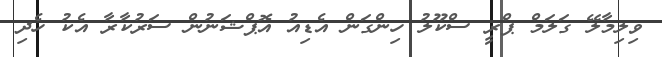
ވިލިމާލޭ ގަލަމް ޕްރީ ސްކޫލު ހިންގަން އެޑިއު އޮޕްޝަނުން ސަރުކާރާ އެކު ހެދި